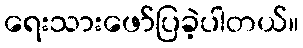
ရေးသားဖော်ပြခဲ့ပါတယ်။